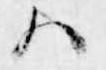
ハ